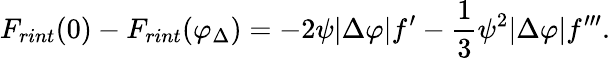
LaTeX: F_{rint}(0)-F_{rint}(\varphi_{\Delta})=-2\psi|\Delta\varphi|f^{\prime}-{\frac{1}{3}}\psi^{2}|\Delta\varphi|f^{\prime\prime\prime}.